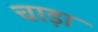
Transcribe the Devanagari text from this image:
चाड़ा